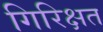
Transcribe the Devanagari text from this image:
गिरिक्षत